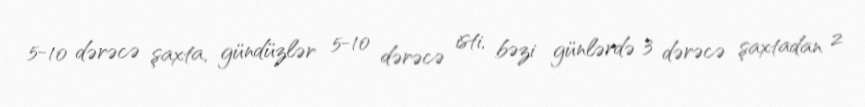
5-10 dərəcə şaxta, gündüzlər 5-10 dərəcə isti, bəzi günlərdə 3 dərəcə şaxtadan 2